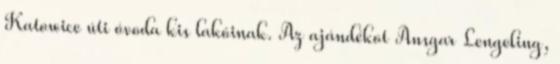
Katowice úti óvoda kis lakóinak. Az ajándékot Ansgar Lengeling,